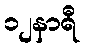
၁၂နာရီ